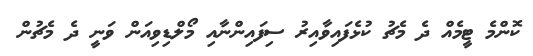
ކޮންމެ ޓީމެއް ދެ މެޗު ކުޅެފައިވާއިރު ސިފައިންނާއި މޯލްޑިވިއަން ވަނީ ދެ މެޗުން